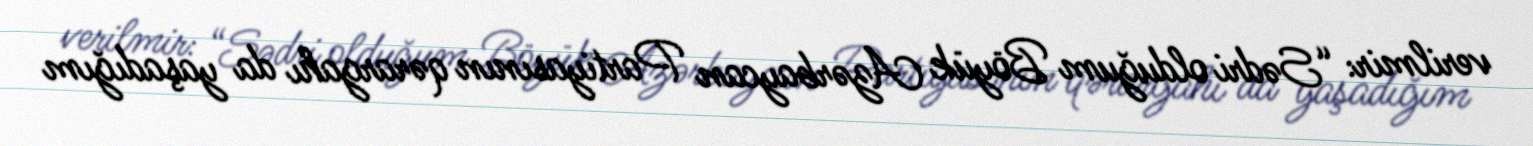
verilmir: “Sədri olduğum Böyük Azərbaycan Partiyasının qərargahı da yaşadığım